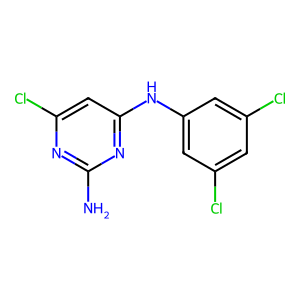
SMILES: Nc1nc(Cl)cc(Nc2cc(Cl)cc(Cl)c2)n1
Inhibits HIV replication: No